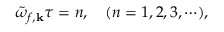
\tilde { \omega } _ { f , { \bf k } } \tau = n , \quad ( n = 1 , 2 , 3 , \cdots ) ,